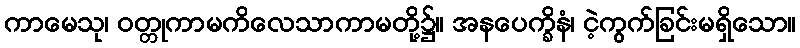
ကာမေသု၊ ဝတ္တုကာမကိလေသာကာမတို့၌။ အနပေက္ခိနံ၊ ငဲ့ကွက်ခြင်းမရှိသော။